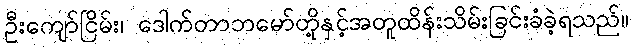
ဦးကျော်ငြိမ်း၊ ဒေါက်တာဘမော်တို့နှင့်အတူထိန်းသိမ်းခြင်းခံခဲ့ရသည်။